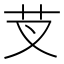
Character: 芆